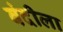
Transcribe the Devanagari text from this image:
बंदीला